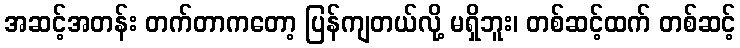
အဆင့်အတန်း တက်တာကတော့ ပြန်ကျတယ်လို့ မရှိဘူး၊ တစ်ဆင့်ထက် တစ်ဆင့်